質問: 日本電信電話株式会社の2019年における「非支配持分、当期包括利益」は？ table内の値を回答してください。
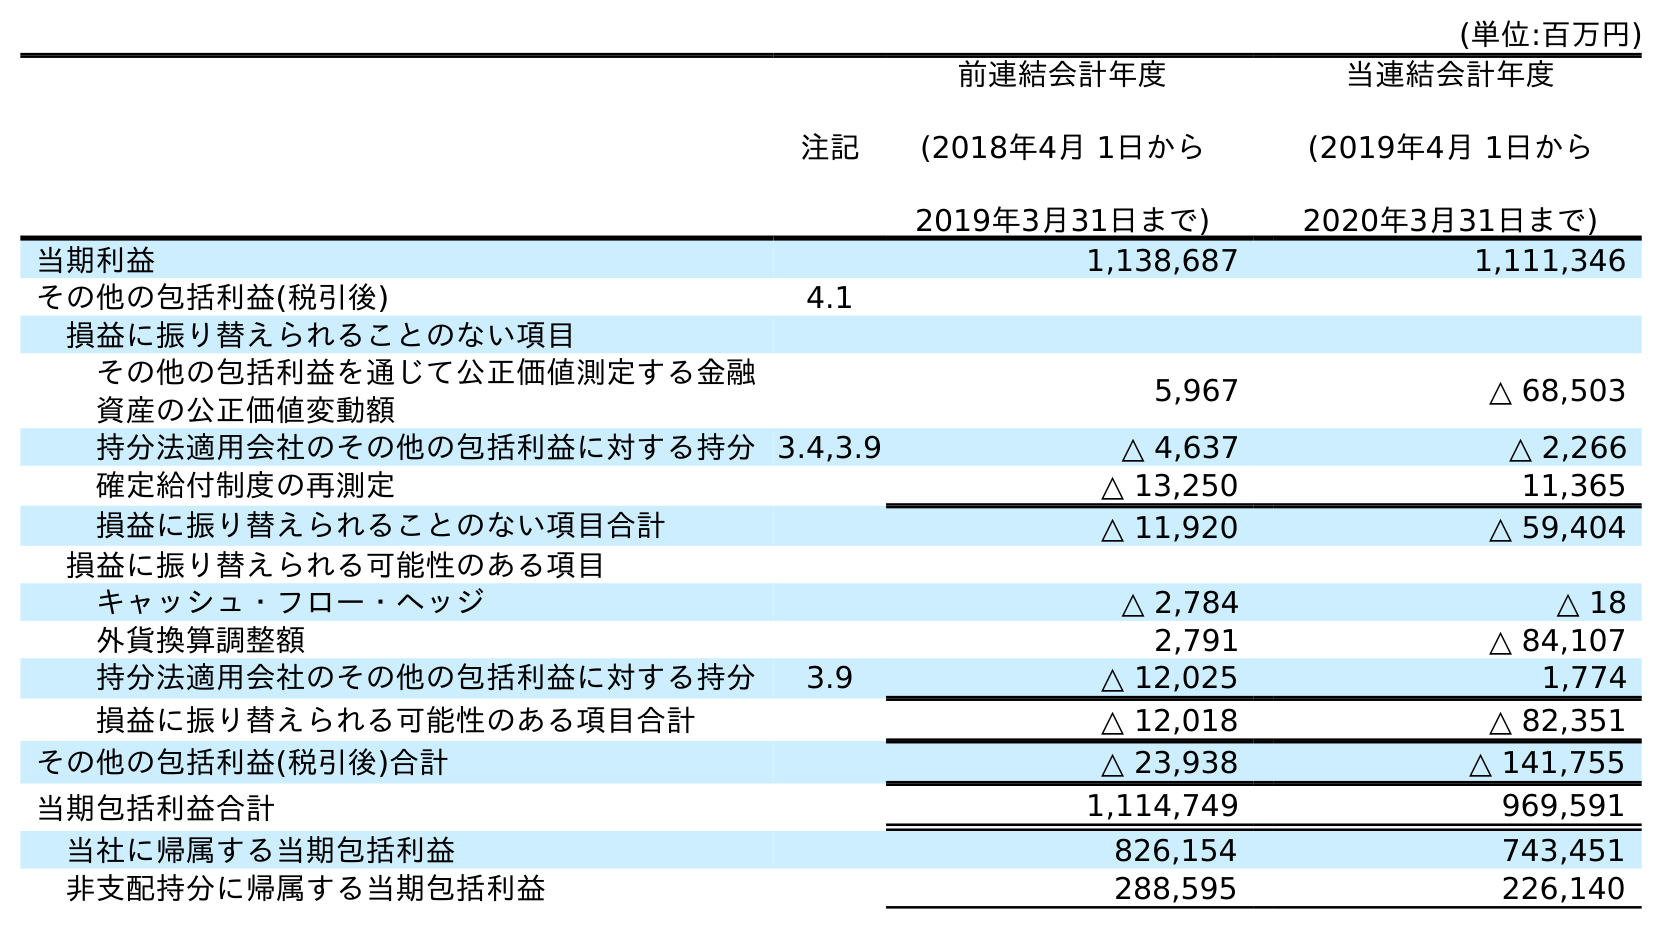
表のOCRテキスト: (単位:百万円) 注記 前連結会計年度 (2018年4月 1日から 2019年3月31日まで) 当連結会計年度 (2019年4月 1日から 2020年3月31日まで) 当期利益 1,138,687 1,111,346 その他の包括利益(税引後) 4.1 損益に振り替えられることのない項目 その他の包括利益を通じて公正価値測定する金融 資産の公正価値変動額 5,967 △ 68,503 持分法適用会社のその他の包括利益に対する持分3.4,3.9 △ 4,637 △ 2,266 確定給付制度の再測定 △ 13,250 11,365 損益に振り替えられることのない項目合計 △ 11,920 △ 59,404 損益に振り替えられる可能性のある項目 キャッシュ・フロー・ヘッジ △ 2,784 △ 18 外貨換算調整額 2,791 △ 84,107 持分法適用会社のその他の包括利益に対する持分 3.9 △ 12,025 1,774 損益に振り替えられる可能性のある項目合計 △ 12,018 △ 82,351 その他の包括利益(税引後)合計 △ 23,938 △ 141,755 当期包括利益合計 1,114,749 969,591 当社に帰属する当期包括利益 826,154 743,451 非支配持分に帰属する当期包括利益 288,595 226,140
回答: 288,595